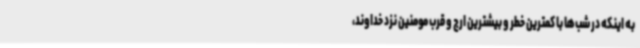
به اینکه در شب‌ها با کمترین خطر و بیشترین ارج و قرب مومنین نزد خداوند،